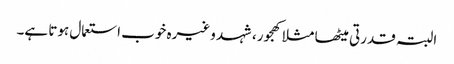
البتہ قدرتی میٹھا مثلا کھجور، شہد وغیرہ خوب استعمال ہوتا ہے۔